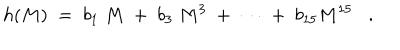
LaTeX: h ( M ) \; = \; b _ { 1 } \; M \; + \; b _ { 3 } \; M ^ { 3 } \; + \; \cdots \; + \; b _ { 1 5 } M ^ { 1 5 } .